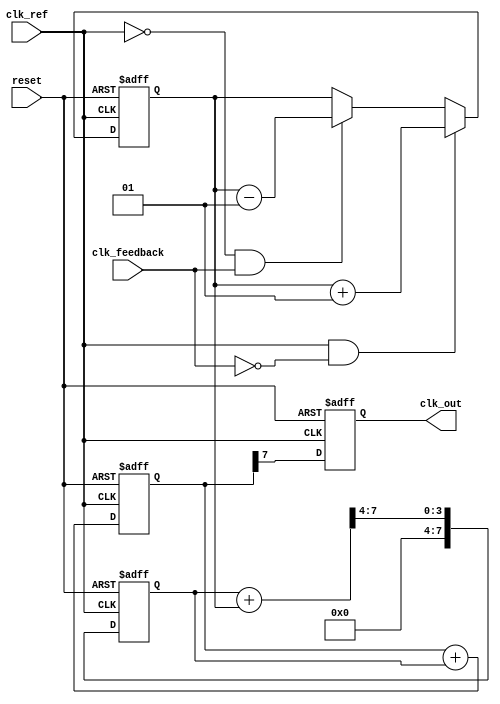
module MemoryBlocksDPLL (
    input wire clk_ref,          // Reference clock
    input wire clk_feedback,     // Feedback clock from VCO
    input wire reset,            // Reset signal
    output reg clk_out           // Output clock
);

// Parameters
parameter PHASE_WIDTH = 8;     // Width of phase information
parameter MEMORY_SIZE = 16;     // Size of memory block for phase information
parameter LOOP_FILTER_COEFF = 4; // Coefficient for loop filter

// Phase Detector
reg signed [PHASE_WIDTH-1:0] phase_error; // Phase error signal
always @(posedge clk_ref or posedge reset) begin
    if (reset) begin
        phase_error <= 0;
    end else begin
        // Simple phase detector logic
        if (clk_ref && !clk_feedback) begin
            phase_error <= phase_error + 1; // Feedback is lagging
        end else if (!clk_ref && clk_feedback) begin
            phase_error <= phase_error - 1; // Feedback is leading
        end
    end
end

// Loop Filter
reg signed [PHASE_WIDTH-1:0] filtered_error; // Filtered error signal
always @(posedge clk_ref or posedge reset) begin
    if (reset) begin
        filtered_error <= 0;
    end else begin
        filtered_error <= (filtered_error + phase_error) >> LOOP_FILTER_COEFF; // Simple low-pass filter
    end
end

// Voltage-Controlled Oscillator (VCO)
reg [PHASE_WIDTH-1:0] vco_output; // VCO output
always @(posedge clk_ref or posedge reset) begin
    if (reset) begin
        vco_output <= 0;
        clk_out <= 0;
    end else begin
        // Adjust VCO output based on filtered error
        vco_output <= vco_output + filtered_error;
        clk_out <= (vco_output[PHASE_WIDTH-1] == 1'b1); // Generate output clock
    end
end

// Memory Block for phase information
reg [PHASE_WIDTH-1:0] phase_memory [0:MEMORY_SIZE-1]; // Memory array
integer i;

// Write phase information to memory
always @(posedge clk_ref or posedge reset) begin
    if (reset) begin
        for (i = 0; i < MEMORY_SIZE; i = i + 1) begin
            phase_memory[i] <= 0; // Clear memory on reset
        end
    end else begin
        // Store phase error in memory (simple example)
        phase_memory[0] <= phase_error; // Store latest phase error
        // Additional logic can be added to store historical phase data
    end
end

endmodule